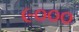
૯૦૦૦